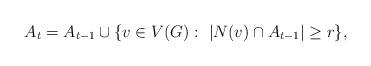
LaTeX: \begin{align*}A_t = A_{t-1} \cup \{v \in V(G) :\ |N(v) \cap A_{t-1}| \geq r\},\end{align*}